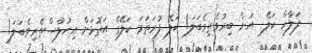
ފަލާހް ކަލޭ  އަށް ބިރުވެތިވެބަލަ! ކަލޭ ފުރަތަމަ ކަލޭގެ އަތޮޅަށް އިހުލާސްތެރިވެބަލަ!